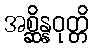
အစ္ဆိန္နဝုတ္တိ